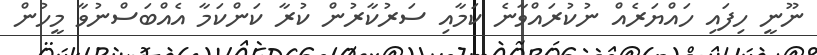
ނޫނީ ހިފައި ހައްޔަރެއް ނުކުރައްވާނެ ކަމާއި ސަރުކާރުން ކުރާ ކަންކަމާ އެއްބަސްނުވާ މީހުން